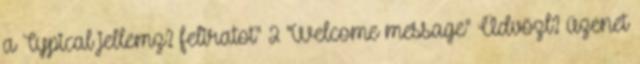
a Typical jellemz? feliratot" 2 "Welcome message" Üdvözl? üzenet